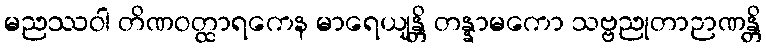
မညဿဝါ တိဏဝတ္ထာရကေန မာရေယျန္တိ တန္နာမကော သဗ္ဗညုတာဉာဏန္တိ